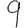
Digit: 9